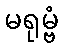
မရုမ္ဗံ